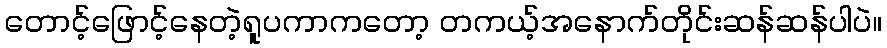
တောင့်ဖြောင့်နေတဲ့ရူပကာကတော့ တကယ့်အနောက်တိုင်းဆန်ဆန်ပါပဲ။